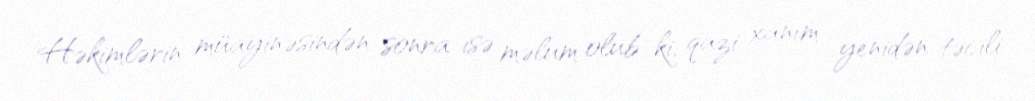
Həkimlərin müayinəsindən sonra isə məlum olub ki, qazi xanım yenidən təcili